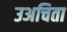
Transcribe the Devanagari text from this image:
उअचिता